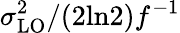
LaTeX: \sigma_{\mathrm{LO}}^{2}/(2\mathrm{ln}2)f^{-1}